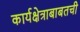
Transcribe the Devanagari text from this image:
कार्यक्षेत्राबाबतची